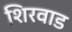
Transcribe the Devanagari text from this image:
शिरवाड